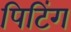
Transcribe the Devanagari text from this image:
पिटिंग